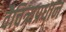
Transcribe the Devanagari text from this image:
वैचित्र्यप्रधान